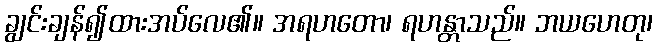
ချွင်းချန်၍ထားအပ်လေ၏။ အရဟတော၊ ရဟန္တာသည်။ ဘယဟေတု၊